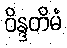
ဝိန္ဒတိမံ